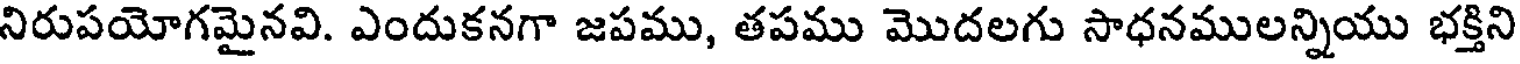
నిరుపయోగమైనవి. ఎందుకనగా జపము, తపము మొదలగు సాధనములన్నియు భక్తిని